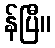
န်ပြီ။